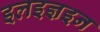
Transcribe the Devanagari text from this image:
इलइज्ञइन